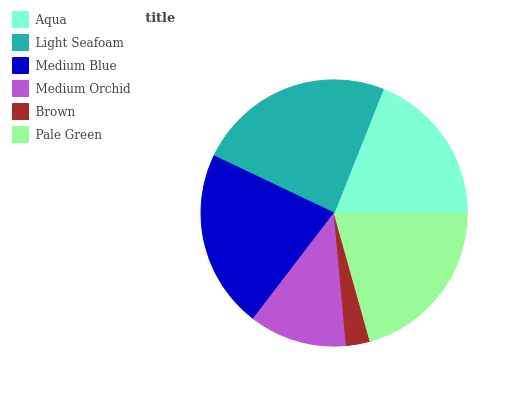
| Aqua | Light Seafoam | Medium Blue | Medium Orchid | Brown | Pale Green |
 | --- | --- | --- | --- | --- | --- |
 | 18.9% | 24% | 21.6% | 11.9% | 2.88% | 20.7% |